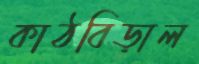
কাঠবিড়াল